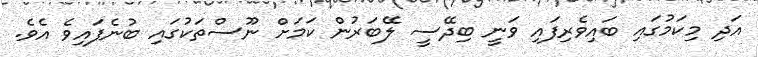
އަދި މިކަމުގައި ބައިވެރިފައި ވަނީ ބިދޭސީ ލޭބަރުން ކަމަށް ނޫސްތަކުގައި ބުނެފައިވެ އެވެ.